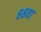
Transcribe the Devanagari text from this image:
८८वा